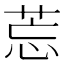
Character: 莣